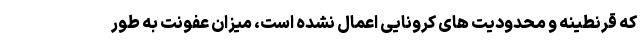
که قرنطینه و محدودیت های کرونایی اعمال نشده است، میزان عفونت به طور